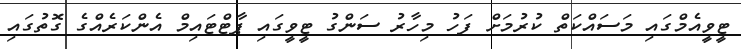
ޓީވީއެމްގައި މަސައްކަތް ކުރުމަށް ފަހު މިިހާރު ސަންގު ޓީވީގައި ޕާޓްޓައިމް އެންކަރެއްގެ ގޮތުގައި